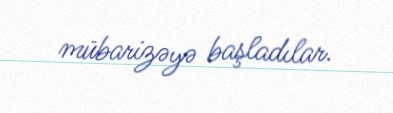
mübarizəyə başladılar.